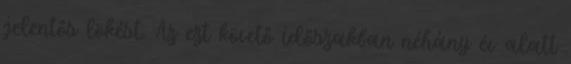
jelentős lökést. Az ezt követő időszakban néhány év alatt